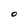
Character: O